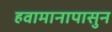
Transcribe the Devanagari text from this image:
हवामानापासुन